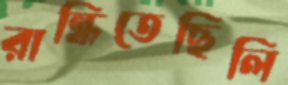
রান্ধিতেছিলি